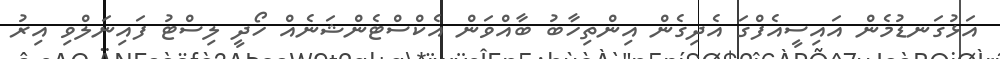
އަޅުގަނޑުމެން އައިސީއެފްގަ އެދިގެން އިންތިހާބު ބާއްވަން އެކްސްޓެންޝަނެއް ހޯދީ ލިސްޓު ފައިނަލްވި އިރު